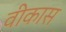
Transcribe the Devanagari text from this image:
वीकास